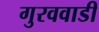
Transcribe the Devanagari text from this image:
गुरववाडी